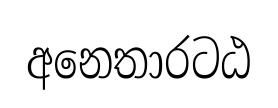
අනෙතාරටඨ